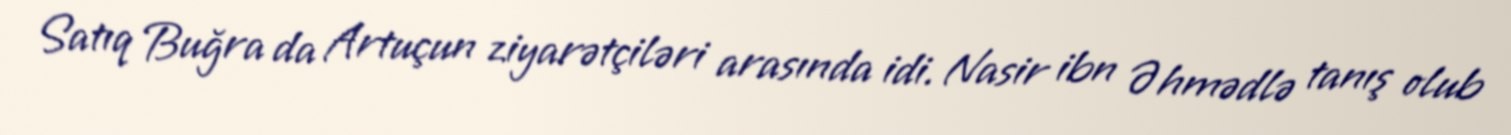
Satıq Buğra da Artuçun ziyarətçiləri arasında idi. Nasir ibn Əhmədlə tanış olub